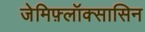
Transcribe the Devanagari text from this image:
जेमिफ़्लॉक्सासिन